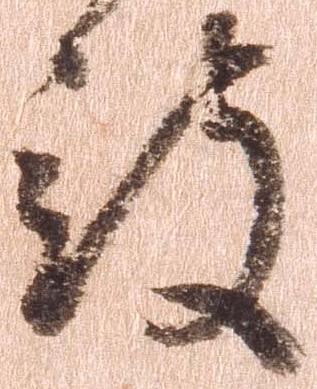
被